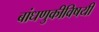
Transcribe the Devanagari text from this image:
बांधणुकीविषयी